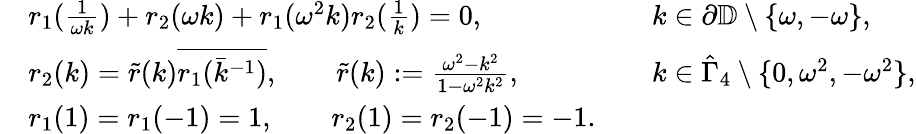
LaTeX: \begin{array}{rlrl}&{r_{1}(\frac{1}{\omega k})+r_{2}(\omega k)+r_{1}(\omega^{2}k)r_{2}(\frac{1}{k})=0,}&&{k\in\partial\mathbb{D}\setminus\{ \omega,-\omega\} ,}\\ &{r_{2}(k)=\tilde{r}(k)\overline{{r_{1}(\bar{k}^{-1})}},\qquad\tilde{r}(k):=\frac{\omega^{2}-k^{2}}{1-\omega^{2}k^{2}},}&&{k\in\hat{\Gamma}_{4}\setminus\{ 0,\omega^{2},-\omega^{2}\} ,}\\ &{r_{1}(1)=r_{1}(-1)=1,\qquad r_{2}(1)=r_{2}(-1)=-1.}\end{array}